Leprosy in India: report of the Leprosy Commission in India, 1890-91
Year: 1890
Disease focus: Leprosy
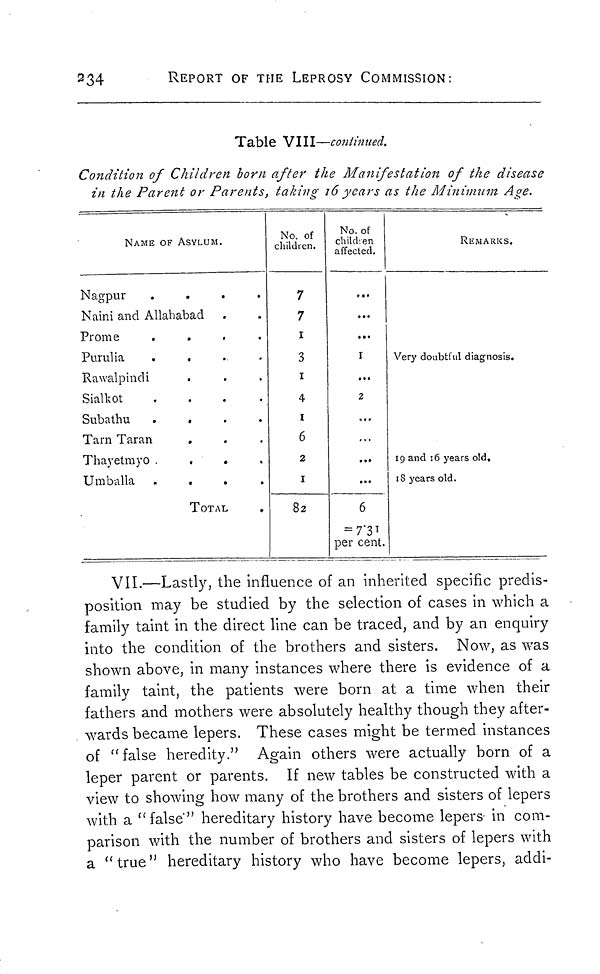
234
REPORT OF THE LEPROSY COMMISSION:
Table VIII—continued.
Condition of Children born after the Manifestation of the disease
in the Parent or Parents, taking 16 years as the Minimum Age.
NAME OF ASYLUM.
Nagpur
....
Naini and Allahabad
Prome
.
Purulia
....
Rawalpindi
Sialkot
Subathu
....
Tarn Taran
,
Thayetmyo
....
Umballa
....
TOTAL
No. of
children.
7
7
1
3
1
4
I
6
2
1
82
No. of
child 1 en
affected.
...
...
...
I
...
2
...
...
...
6
= 7.31
per cent.
REMARKS.
Very doubtful diagnosis.
19 and 16 years old.
18 years old.
VII.—Lastly, the influence of an inherited specific predis-
position may be studied by the selection of cases in which a
family taint in the direct line can be traced, and by an enquiry
into the condition of the brothers and sisters. Now, as was
shown above, in many instances where there is evidence of a
family taint, the patients were born at a time when their
fathers and mothers were absolutely healthy though they after-
wards became lepers. These cases might be termed instances
of "false heredity." Again others were actually born of a
leper parent or parents. If new tables be constructed with a
view to showing how many of the brothers and sisters of lepers
with a "false" hereditary history have become lepers in com-
parison with the number of brothers and sisters of lepers with
a "true" hereditary history who have become lepers, addi-